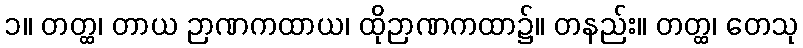
၁။ တတ္ထ၊ တာယ ဉာဏကထာယ၊ ထိုဉာဏကထာ၌။ တနည်း။ တတ္ထ၊ တေသု